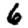
Digit: 6